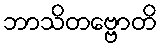
ဘာသိတဗ္ဗောတိ